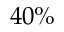
4 0 \%